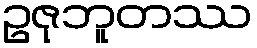
ဥဇုဘူတဿ